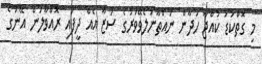
މި ގޮތްކުޑަ ކުއްޖާ ހަދާން ނައްތާނުލެވޭވަރުގެ ސަޒާ އެއް ދީފައި ރޮއްވާލަން އޭނަގެ